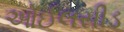
ઓઈલસીડ